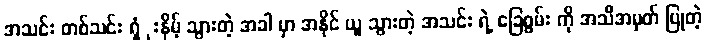
အသင်း တစ်သင်း ရှံုးနိမ့် သွားတဲ့ အခါ မှာ အနိုင် ယူ သွားတဲ့ အသင်း ရဲ့ ခြေစွမ်း ကို အသိအမှတ် ပြုတဲ့